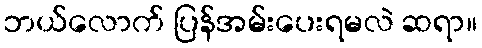
ဘယ်လောက် ပြန်အမ်းပေးရမလဲ ဆရာ။